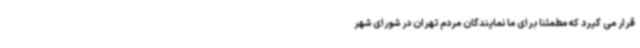
قرار می گیرد که مطمئناً برای ما نمایندگان مردم تهران در شورای شهر